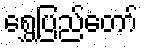
ရွှေပြည်တော်